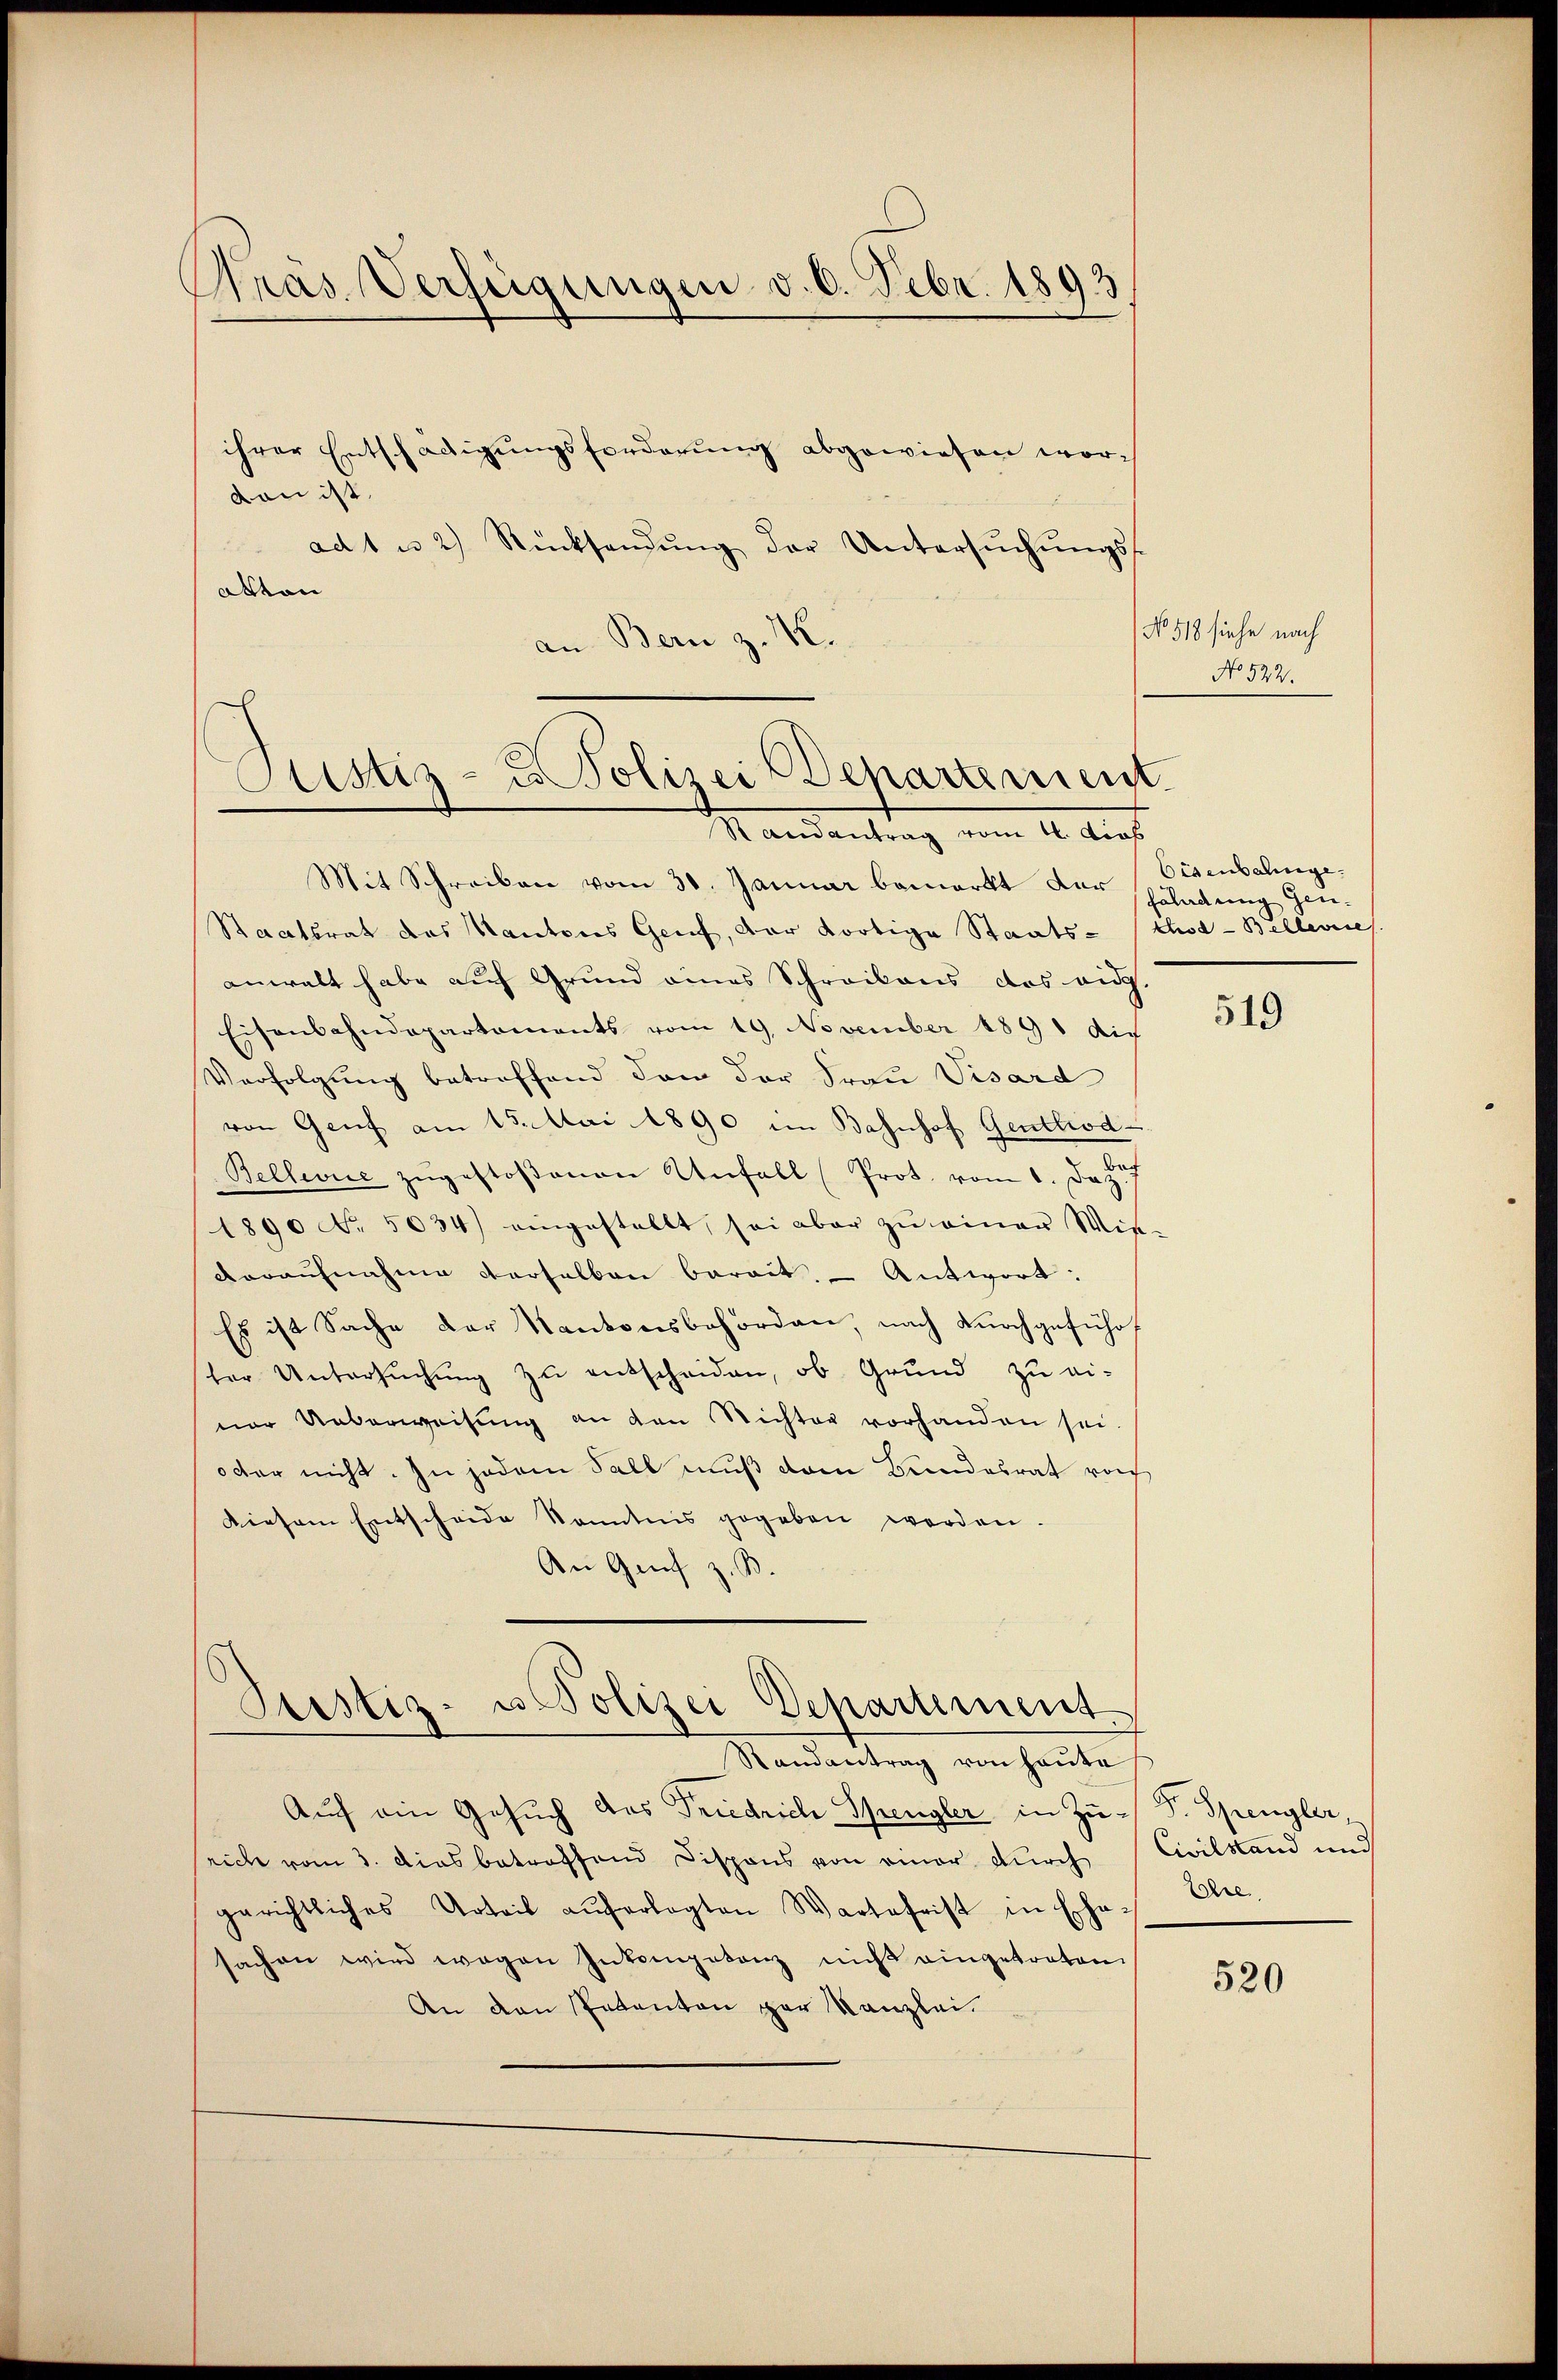
Pras. Verfügungen v. 6. Febr. 1893

ihrer Entschädigungsforderung abgewiesen wordon ist.
ad 1 u 2) Rücksendŭng der Untersŭchŭngs-
Atton
an Bern z. M.

Justiz- u Polizei Departement.
Randantrag vom 10. dies

Mit Schreiben vom 30. Januar bemerkt der Erladung Gene-
Staatsrat des Kantons Genf, der dortige Staats- (Chod-Bellerie
anwalt habe auf Grund eines Schreibens das eidg
Eisenbahndepartements vom 19. November 1891 die
Verfolgung betreffend dem der Frau Visard
von Genf am 15. Mai 1890 im Bahnhof Gentrod
Bellence zugestoßenen Unfall Prot. vom 1. Dez.
1890 No. 5034) eingestellt, sei aber zu einer Wie
voraufnahme derselben berait. Antwort:
Es ist Sache der Kantonsbehörden, nach durchgeführt
ter Untersŭchŭng zŭ entscheiden, ob Grund zu ei-
ner Ueberweisung an den Nichter vorhanden sei.
oder nicht. In jedem Fall muß dem Bundesrat rech
Diesem Entscheide kanntnis gegeben werden.
An Genf z. B.
Justiz- u. Polizei Departement
Randantrag von Haute
Auf ein Gesuch des Friedrich Spengler in Zurich vom 3. Dies betreffend Dispons von einer durch
gerichtliches Urteil auferlegten Wartefrist in Ehe-
sachen wird wegen Inkompetenz nicht eingetreten.
An den Pakanton par Kanzlei.

No. 518 siehe nach
No 522.

Eisenbalinge.

519

Fr. Spengler,
Civilstand und
Ehre

520